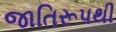
જાતિરૂપથી